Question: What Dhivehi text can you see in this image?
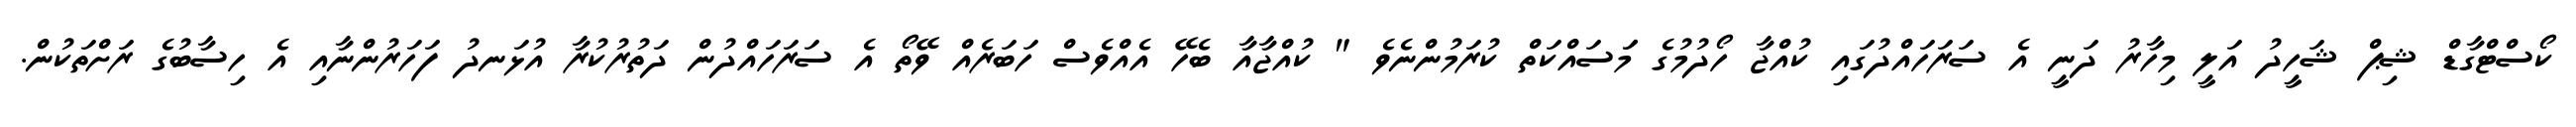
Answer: ކޯސްޓްގާޑް ޝިޕް ޝަހީދު އަލީ މިހާރު ދަނީ އެ ސަރަހައްދުގައި ކުއްޖާ ހޯދުމުގެ މަަސައްކަތް ކުރަމުންނެވެ " ކުއްޖާއާ ބެހޭ އެއްވެސް ހަބަރެއް ވޭތޯ އެ ސަރަހައްދުން ދަތުރުކުރާ އުޅަނދު ފަހަރުންނާއި އެ ހިސާބުގެ ރަށްތަކުން.